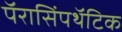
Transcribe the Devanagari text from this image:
पॅरासिंपथॅटिक